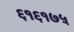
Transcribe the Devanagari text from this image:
६१६१७५